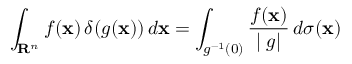
\int _ { \mathbf { R } ^ { n } } f ( \mathbf { x } ) \, \delta ( g ( \mathbf { x } ) ) \, d \mathbf { x } = \int _ { g ^ { - 1 } ( 0 ) } { \frac { f ( \mathbf { x } ) } { | \mathbf { \nabla } g | } } \, d \sigma ( \mathbf { x } )